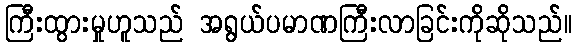
ကြီးထွားမှုဟူသည် အရွယ်ပမာဏကြီးလာခြင်းကိုဆိုသည်။